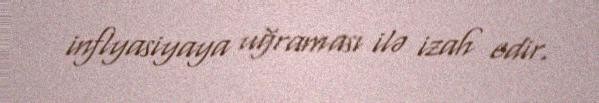
inflyasiyaya uğraması ilə izah edir.